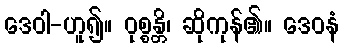
ဒေဝါ-ဟူ၍။ ဝုစ္စန္တိ၊ ဆိုကုန်၏။ ဒေဝနံ